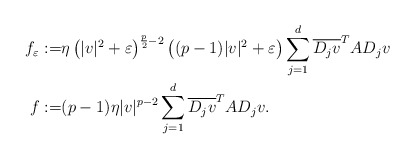
\begin{align*} f_{\varepsilon} :=& \eta\left(|v|^2+\varepsilon\right)^{\frac{p}{2}-2}\left((p-1)|v|^2+\varepsilon\right)\sum_{j=1}^{d}\overline{D_j v}^T A D_j v \\ f :=& (p-1)\eta |v|^{p-2}\sum_{j=1}^{d}\overline{D_j v}^T A D_j v. \end{align*}